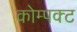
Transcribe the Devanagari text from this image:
कोम्पक्ट